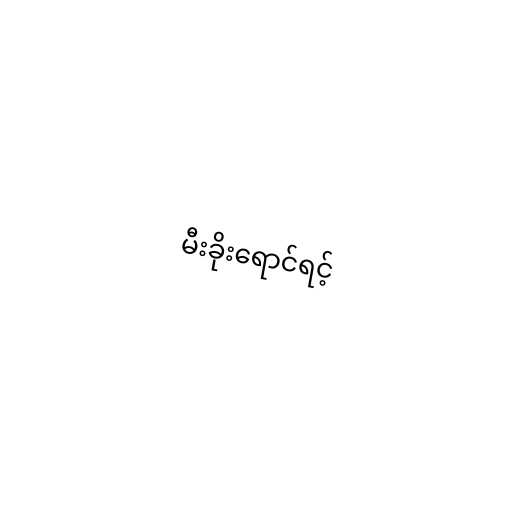
မီးခိုးရောင်ရင့်